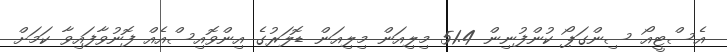
އެސްޓީއޯ ސިންގަޕޯ ކުންފުނިން 51.4 މިލިއަން މިލިއަން ޑޮލަރުގެ އިންވޮއިސްއެއް ފޮނުވާފައިވާ ކަމަށް